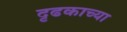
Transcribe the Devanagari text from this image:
दृढकाच्या